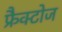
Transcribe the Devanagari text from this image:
फ्रैक्टोज